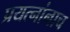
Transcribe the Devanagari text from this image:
प्रयत्नांनाच